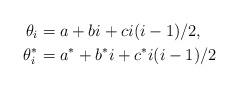
LaTeX: \begin{align*}\theta_i & = a + bi + ci(i-1)/2, \\\theta^*_i & = a^* + b^*i + c^*i(i-1)/2 \end{align*}